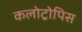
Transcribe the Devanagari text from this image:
कलोट्रोपिस